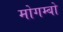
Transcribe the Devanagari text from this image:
मोगम्बो